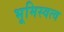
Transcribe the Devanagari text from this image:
भूमिस्वत्व